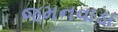
જમનવાડા